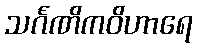
သင်္ဂဏိကဝိဟာရေ